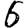
Digit: 6